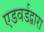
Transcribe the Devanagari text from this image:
एडवर्डद्वारा